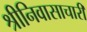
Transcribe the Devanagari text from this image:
श्रीनिवासाचारी